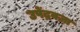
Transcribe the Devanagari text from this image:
उपेंद्रवज्रा